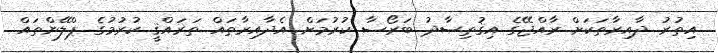
އިތުރު ދާއިރާތަކަށް ރާއްޖޭގެ އިޤުތިޞާދު ބަރޯސާ ކުރުމަށް އެދާއިރާތައް ތަރައްޤީ ކުރުމުގެ ޕްލޭންތައް